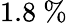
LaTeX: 1.8\ \%